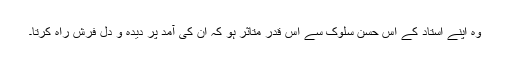
وہ اپنے استاد کے اس حسن سلوک سے اس قدر متاثر ہو کہ ان کی آمد پر دیدہ و دل فرش راہ کرتا۔